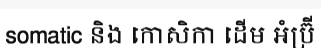
somatic និង កោសិកា ដើម អំប្រ៊ី